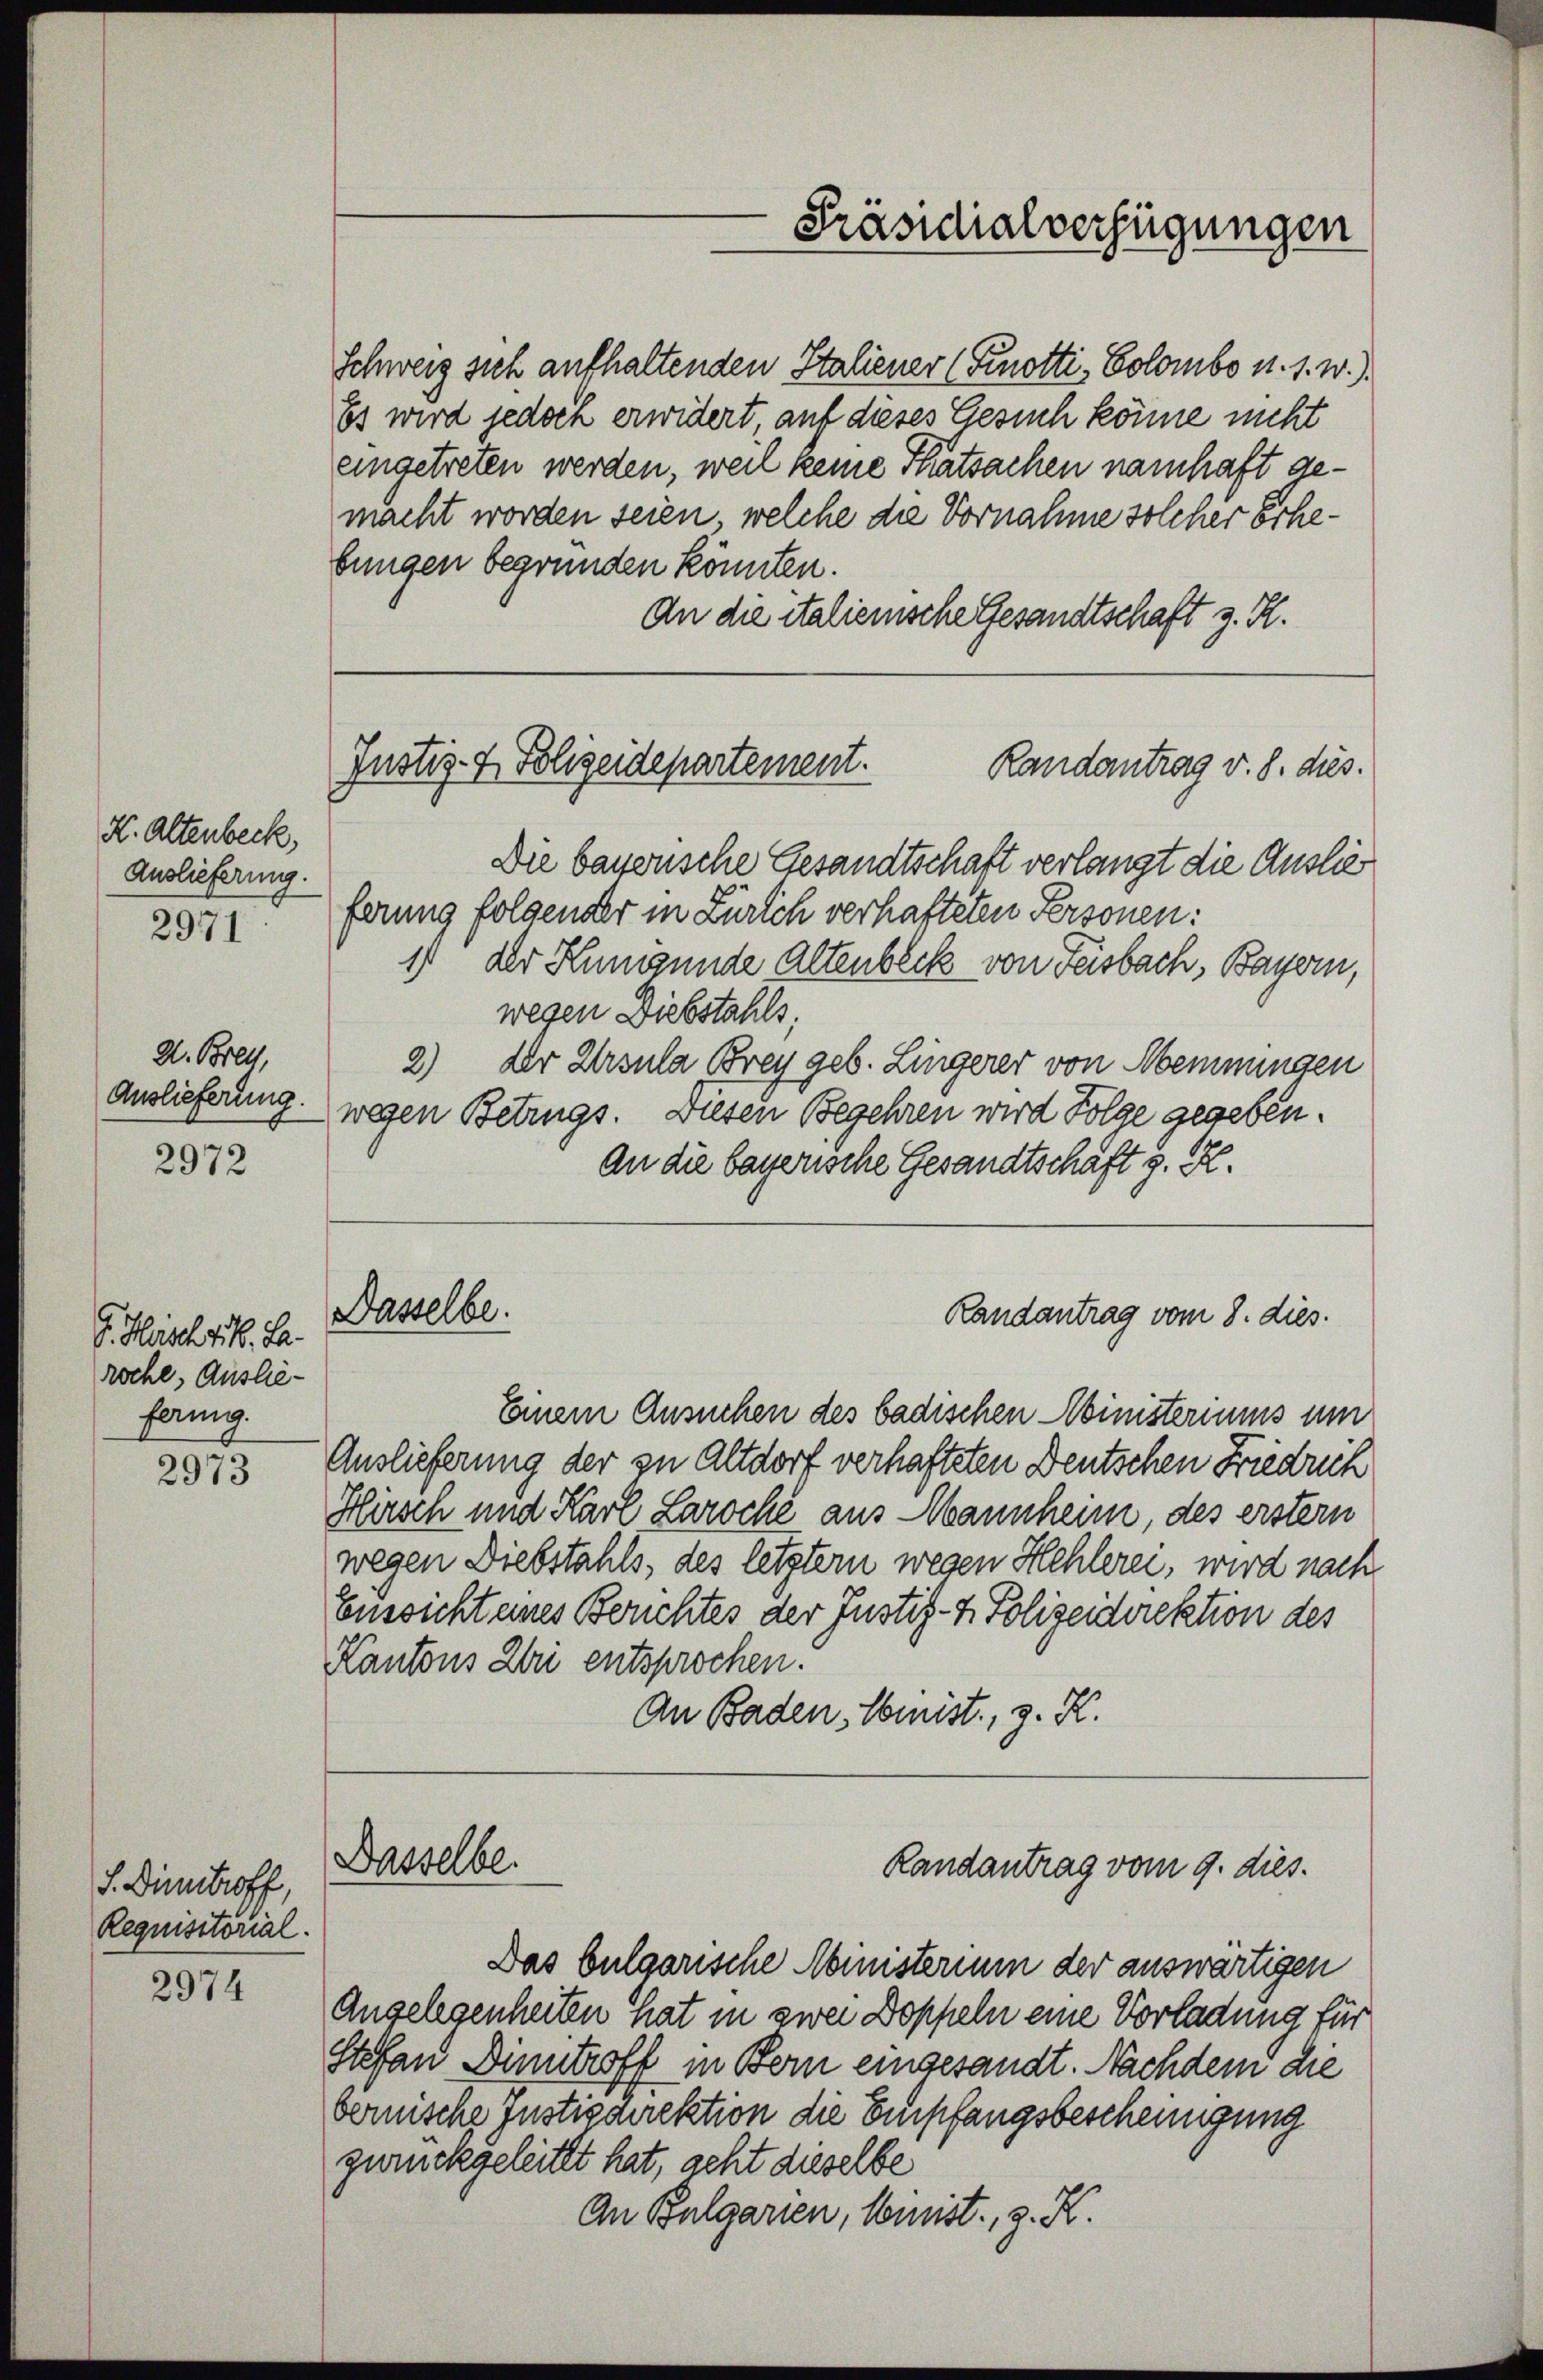
H. Altenbeck,
Auslieferung.

2971

2. Brett,
Auslieferung.

2972

G. Haschik. La
roche, Ausliefornig.

2973

S. Dietroff
Requisitorial.

2974

eingetreten werden, weil keine Thatsachen namhaft gemacht worden seien, welche die Vornahme solcher Erhebungen begründen könnten.
An die italienische Gesandtschaft z. R.

Justiz- & Polizeidepartement.
Randantrag v. 8. dies.

Dasselbe.

Die bauerische Gesandtschaft verlangt die Auslie
ferung folgender in Zürich verhafteten Personen:
1 der Kumpunde Altenbeck von Feisbach, Bayern,
wegen Diebstahls
2) der Ursula Brey geb. Lingerer von Meinungen
wegen Betrugs. Diesen Begehren wird Folge gegeben.
An die bayerische Gesandtschäft z. B.
Dasselbe.
Randantrag vom 8. dies.
Einem Ansuchen des badischen Ministeriums um
Auslieferung der zu Altdorf verhafteten Deutschen Friedrich
Hirsch und Karl Laroche aus Mannheim, des erstern
wegen Diebstahls, des letzter wegen Hehlerei, wird nach
Eussicht eines Berichtes der Justiz- & Polizeidirektion des
Kantons Zeri entsprochen.
An Baden, Weist, z. K.

Schweiz sich aufhaltenden Italiener (Finotti-Colombo u. s. w.)
Es wird jedoch erwidert, auf dieses Gesuch könne nicht

Randantrag vom 9. dies.

Das bulgarische Ministerium der auswärtigen
Angelegenheiten hat in zwei Doppeln eine Vorladung für
Stefan Dinntroff in Bern eingesandt. Nachdem die
bernische Justizdirektion die Empfangsbescheinigung
zurückgeleitet hat, geht dieselbe
An Bulgarien, Meist, z. K.

Präsidialverfügungen